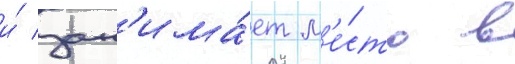
и́ зан'има́ет м'е́сто в